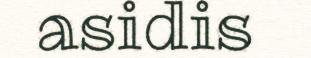
asidis